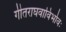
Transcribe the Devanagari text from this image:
गीतराघवाविर्भावः